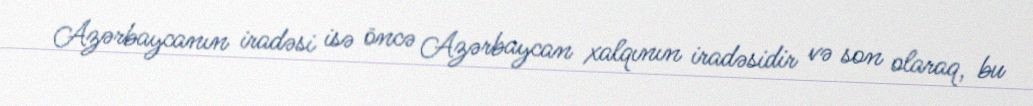
Azərbaycanın iradəsi isə öncə Azərbaycan xalqının iradəsidir və son olaraq, bu